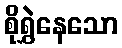
စိုရွှဲနေသော